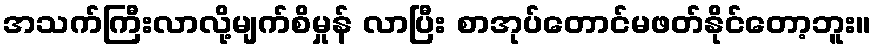
အသက်ကြီးလာလို့မျက်စိမှုန် လာပြီး စာအုပ်တောင်မဖတ်နိုင်တော့ဘူး။